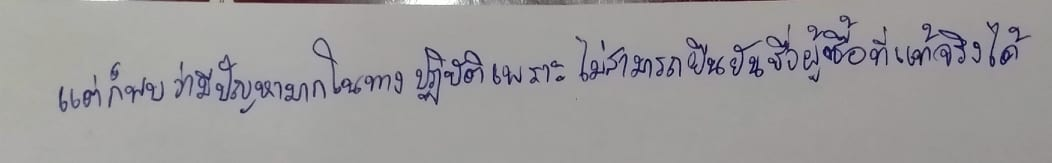
แต่ก็พบว่ามีปัญหามากในทางปฏิบัติเพราะไม่สามารถยืนยันชื่อผู้ซื้อที่แท้จริงได้